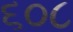
૬૦૮